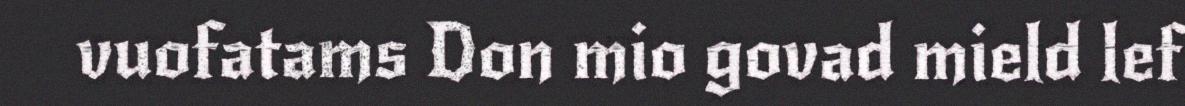
vuofatams Don mio govad mield lef